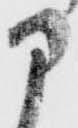
部